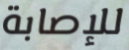
للإصابة